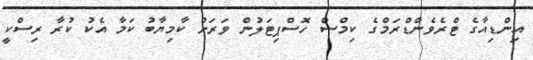
އިންޑިއާގެ ޓްރެވެންޑްރަމްގެ ކިމްސް ހޮސްޕިޓަލުން ވަރަށް ކާމިޔާބު ކަމާ އެކު ކުރާ ރިސްކީ